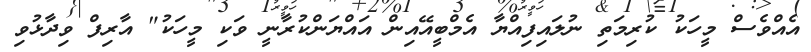
އެއްވެސް މީހަކު ކުރިމަތި ނުލައިފިއްޔާ އެމްބީއޭއިން އައްޔަންކުރާނީ ވަކި މީހަކު" އާރިފް ވިދާޅުވި